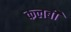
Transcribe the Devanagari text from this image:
कलबी